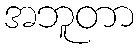
အဘူတာ